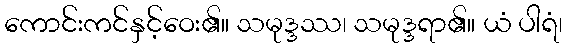
ကောင်းကင်နှင့်ဝေး၏။ သမုဒ္ဒဿ၊ သမုဒ္ဒရာ၏။ ယံ ပါရံ၊